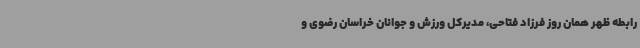
رابطه ظهر همان روز فرزاد فتاحی، مدیرکل ورزش و جوانان خراسان رضوی و